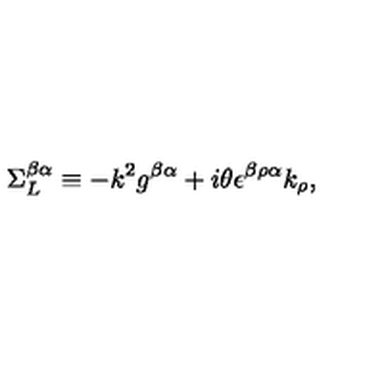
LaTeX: \Sigma _ { L } ^ { \beta \alpha } \equiv - k ^ { 2 } g ^ { \beta \alpha } + i \theta \epsilon ^ { \beta \rho \alpha } k _ { \rho } ,